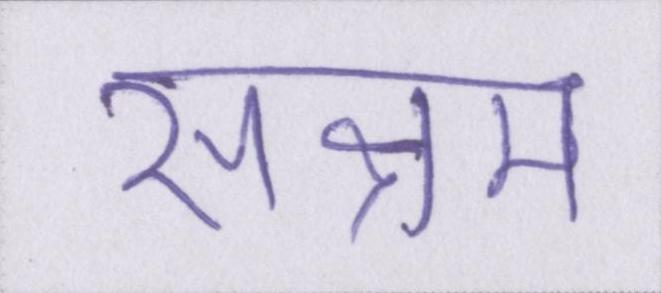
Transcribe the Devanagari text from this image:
सक्षम